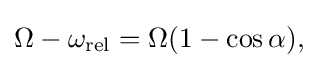
{\textstyle \Omega -\omega _{\text{rel}}=\Omega (1-\cos \alpha ),}